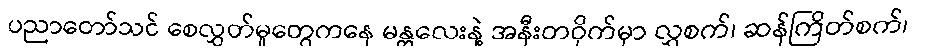
ပညာတော်သင် စေလွှတ်မှုတွေကနေ မန္တလေးနဲ့ အနီးတဝိုက်မှာ လွှစက်၊ ဆန်ကြိတ်စက်၊